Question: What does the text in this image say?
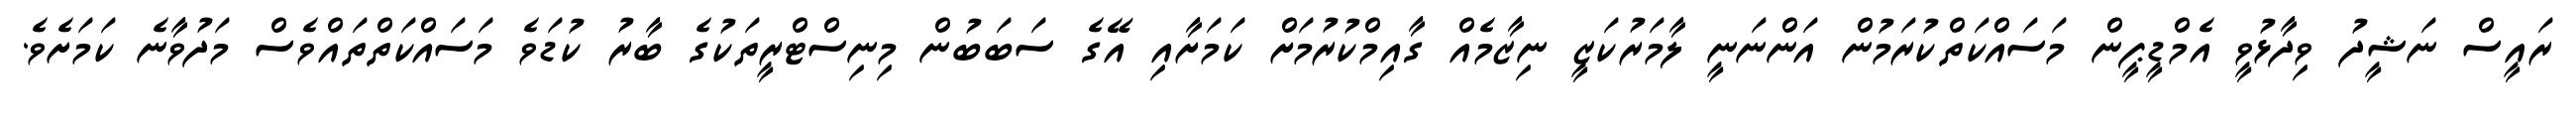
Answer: ރައީސް ނަޝީދު ވިދާޅުވީ އެމްޑީޕީން މަސައްކަތްކުރަމުން އަންނަނީ ލާމަރުކަޒީ ނިޒާމެއް ގާއިމްކުރުމަށް ކަމަށާއި އޭގެ ސަބަބުން މިނިސްޓްރީތަކުގެ ބާރު ކުޑަވެ މަސައްކަތްތައްވެސް މަދުވާނެ ކަމަށެވެ.